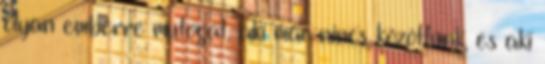
olyan emberre mutogat, aki már nincs közöttünk, és aki